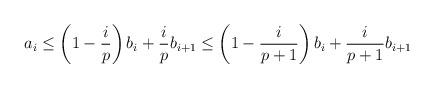
LaTeX: \begin{align*}a_i\leq \left(1-\frac{i}{p}\right)b_i + \frac{i}{p} b_{i+1} \leq \left(1-\frac{i}{p+1}\right)b_i + \frac{i}{p+1} b_{i+1}\end{align*}